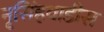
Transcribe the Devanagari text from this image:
नृसिंहवाडीस